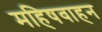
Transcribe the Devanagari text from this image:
महिषवाहन